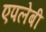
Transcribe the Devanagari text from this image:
एपलेबी